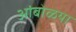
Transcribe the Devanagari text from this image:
आंबोळया